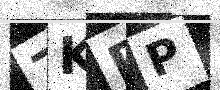
Text: 7KPP